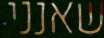
שאנני